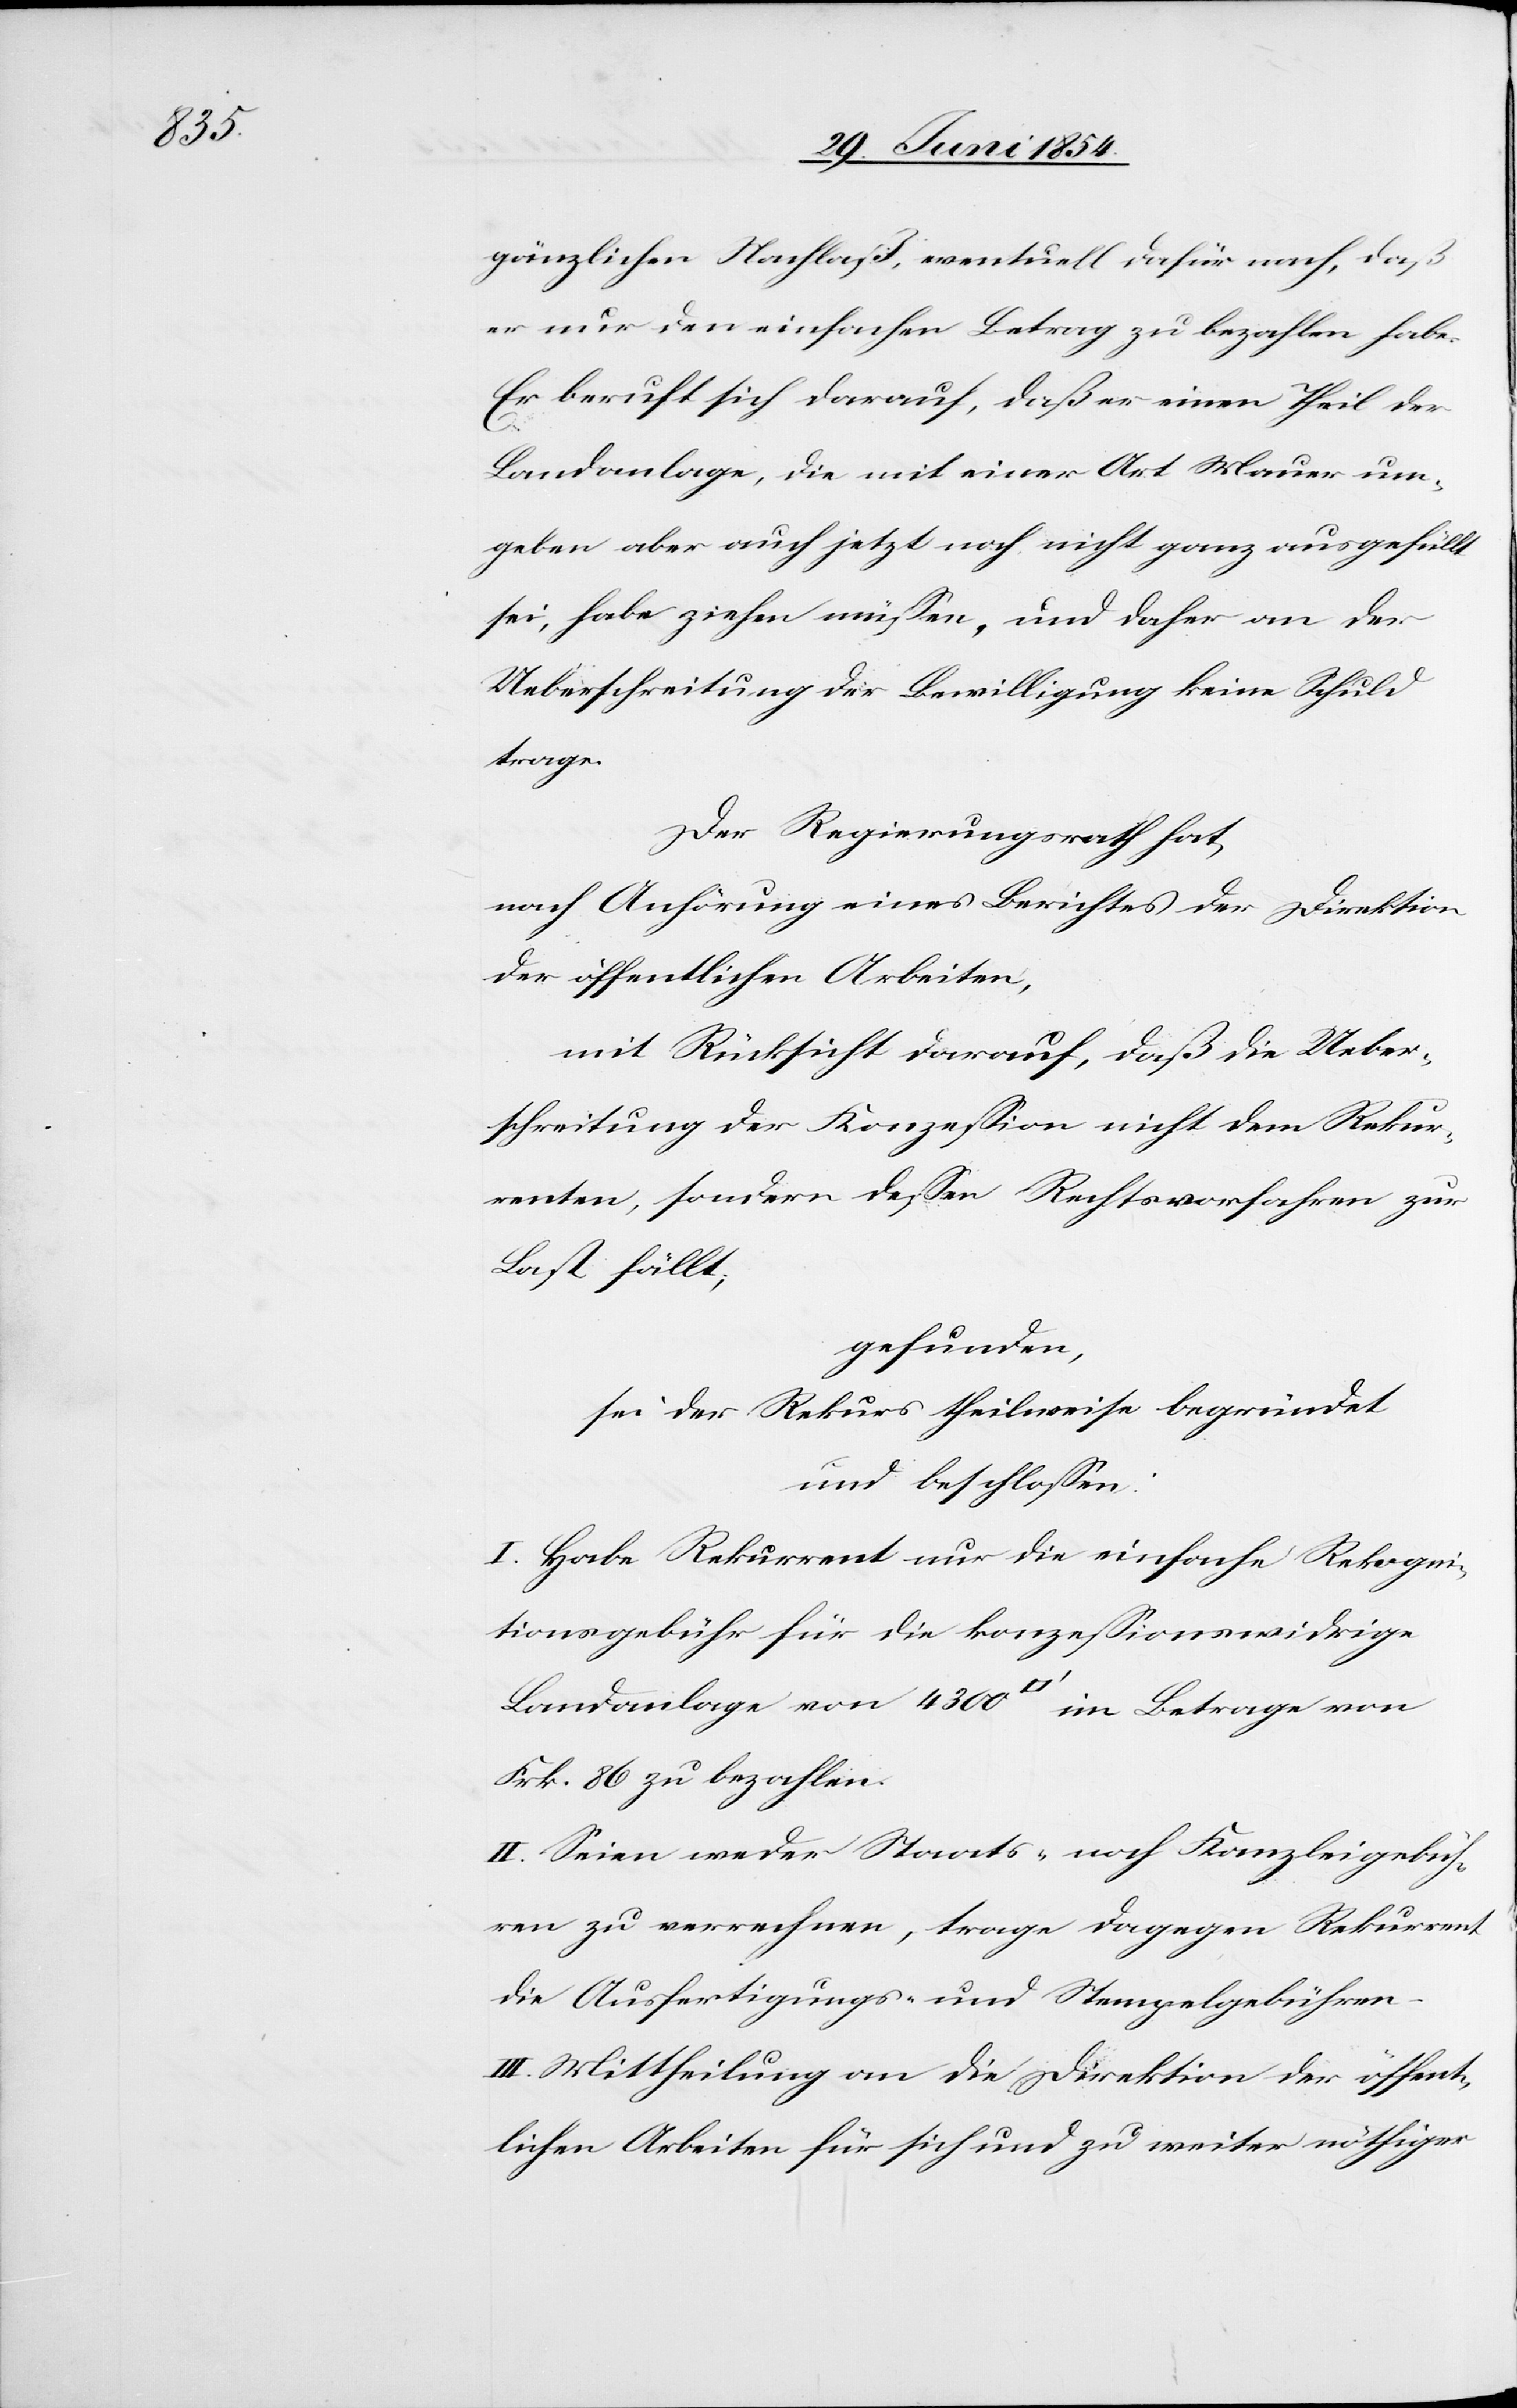
gänzlichen Nachlaß, eventuell dafür nach, daß
er nur den einfachen Betrag zu bezahlen habe.
Er beruft sich darauf, daß er einen Theil der
Landanlage, die mit einer Art Mauer um¬
geben aber auch jetzt noch nicht ganz ausgefüllt
sei, habe ziehen müßen, und daher an der
Ueberschreitung der Bewilligung keine Schuld
trage.
Der Regierungsrath hat,
nach Anhörung eines Berichtes der Direktion
der öffentlichen Arbeiten,
mit Rücksicht drauf, daß die Ueber¬
schreitung der Konzeßion nicht dem Rekur¬
renten, sondern deßen Rechtsvorfahren zur
Last fällt;
gefunden,
sei der Rekurs theilweise begründet
und beschloßen:
I. Habe Rekurrent nur die einfache Rekogni¬
tionsgebühr für die konzeßionswidrige
Landanlage von 4300 [Quadratfuß] im Betrage von
Frk. 86 zu bezahlen.
II. Seien weder Staats- noch Kanzleigebüh¬
ren zu verrechnen, trage dagegen Rekurrent
die Ausfertigungs- und Stempelgebühren.
III. Mittheilung an die Direktion der öffent¬
lichen Arbeiten für sich und zu weiter nöthiger